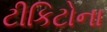
ટીકિટોના